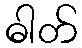
ဓါတ်